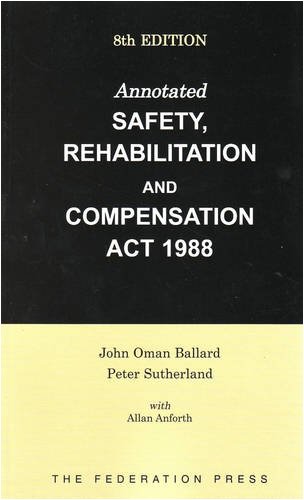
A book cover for Annotated Safety, Rehabilitation and Compensation ACT 1988; John, PH.D. Ballard; Law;